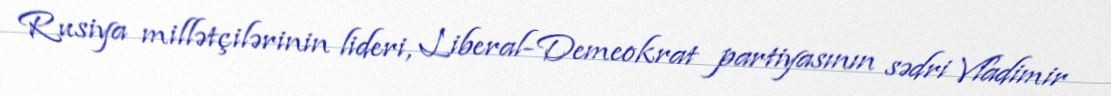
Rusiya millətçilərinin lideri, Liberal-Demeokrat partiyasının sədri Vladimir